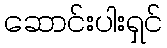
ဆောင်းပါးရှင်